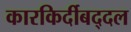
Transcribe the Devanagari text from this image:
कारकिर्दीबद्दल